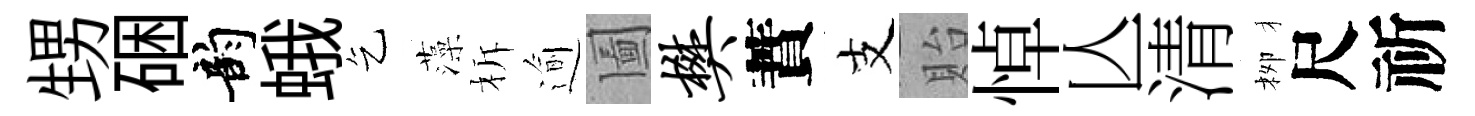
甥硱韵蛾乞藻柝逾圗樊蕡支貽悼亾清栁尺祈